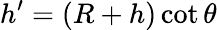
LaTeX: h^{\prime}=(R+h)\cot\theta